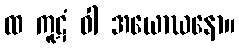
ထ ကူဋံ ဝါ အယောဃနော။